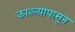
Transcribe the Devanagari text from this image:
काळ्यापासून